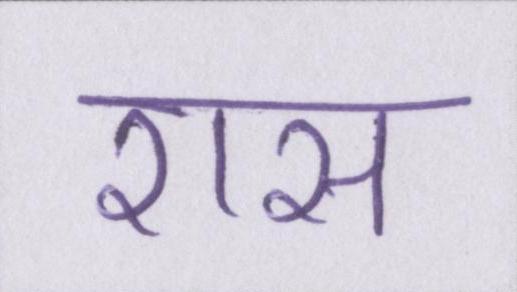
रास